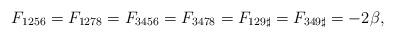
LaTeX: \begin{align*}F_{1256} = F_{1278} = F_{3456} = F_{3478} = F_{129\sharp} = F_{349\sharp}= - 2\beta,\end{align*}